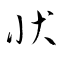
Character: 状